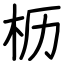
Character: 枥